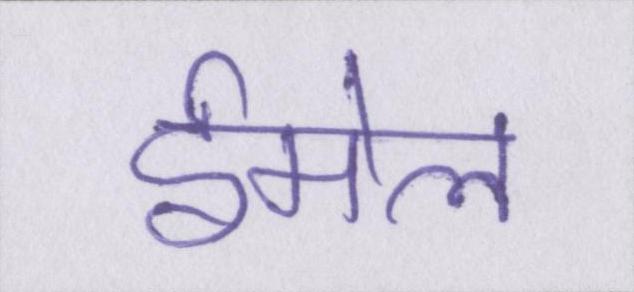
ईमेल